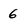
Character: 6